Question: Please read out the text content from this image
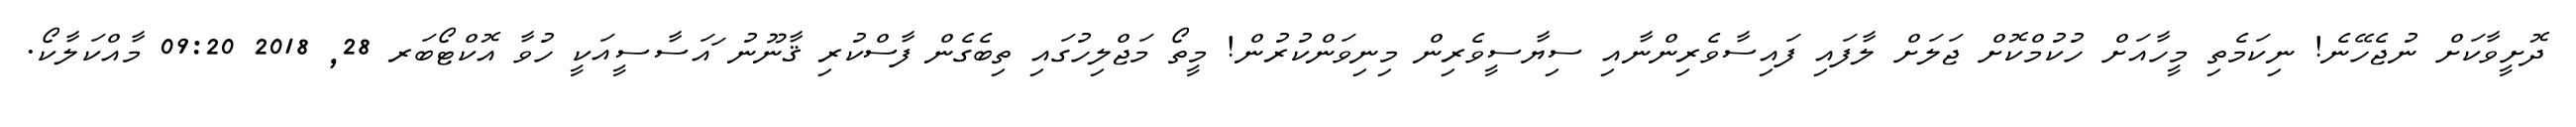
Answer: ދޮށީވާކަށް ނުޖެހޭނެ! ނިކަމެތި މީހާއަށް ހުކުމްކޮށް ޖަލަށް ލާފައި ފައިސާވެރިންނާއި ސިޔާސީވެރިން މިނިވަންކުރުން! މީތޯ މަޖްލިހުގައި ތިބެގެން ފާސްކުރި ޤާނޫނު ައަސާސީއަކީ ހުވާ އޮކްޓޯބަރ 28, 2018 09:20 މާއްކަލާކޯ.